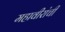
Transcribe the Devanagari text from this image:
महावीरांची